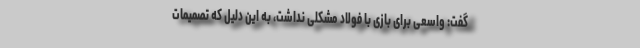
گفت: واسعی برای بازی با فولاد مشکلی نداشت، به این دلیل که تصمیمات